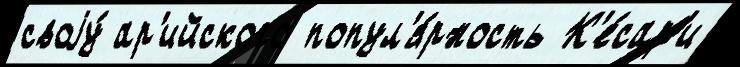
своjу́ ар'ийского попул'я́рность К'е́сар'и